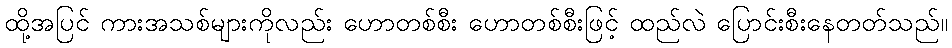
ထို့အပြင် ကားအသစ်များကိုလည်း ဟောတစ်စီး ဟောတစ်စီးဖြင့် ထည်လဲ ပြောင်းစီးနေတတ်သည်။